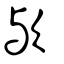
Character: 歟